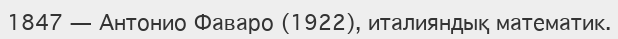
1847 — Антонио Фаваро (1922), италияндық математик.